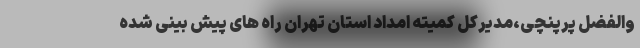
والفضل پرپنچی،مدیرکل کمیته امداد استان تهران راه های پیش بینی شده